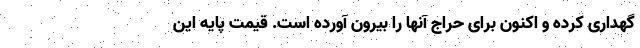
گهداری کرده و اکنون برای حراج آنها را بیرون آورده است. قیمت پایه این